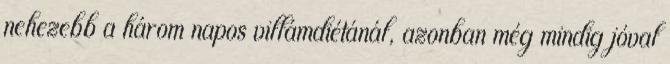
nehezebb a három napos villámdiétánál, azonban még mindig jóval